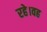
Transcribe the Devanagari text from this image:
रहे।वह